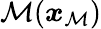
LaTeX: \mathcal{M}(\boldsymbol{x}_{\mathcal{M}})